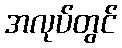
အလုပ်တွင်